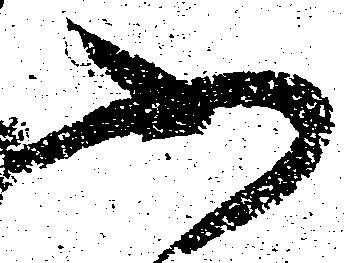
ふ